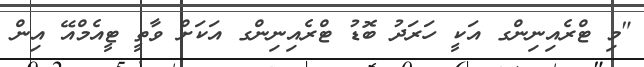
"މި ޓްރެއިނިންގ އަކީ ހަރަދު ބޮޑު ޓްރެއިނިންގ އަކަށް ވާތީ ޓީއެމްއޭ އިން